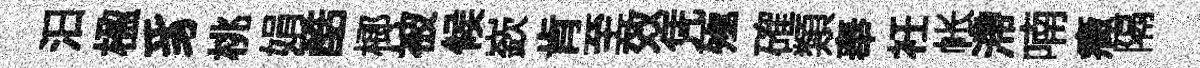
汨楹豸桃娟酷榔被候嶔肯至效凭殛確類奉衽帐滯喃癥隔